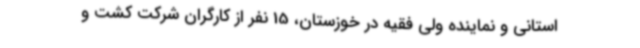
استانی و نماینده ولی فقیه در خوزستان، 15 نفر از کارگران شرکت کشت و